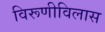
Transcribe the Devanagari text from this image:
विरूणीविलास